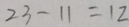
2 3 - 1 1 = 1 2